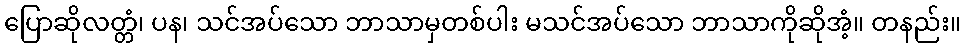
ပြောဆိုလတ္တံ၊ ပန၊ သင်အပ်သော ဘာသာမှတစ်ပါး မသင်အပ်သော ဘာသာကိုဆိုအံ့။ တနည်း။